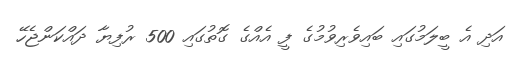
އަދި އެ ބީލަމުގައި ބައިވެރިވުމުގެ ފީ އެއްގެ ގޮތުގައި 500 ރުފިޔާ ދައްކަންޖެހޭ